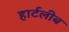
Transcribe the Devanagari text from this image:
हार्टलीब